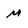
Character: M